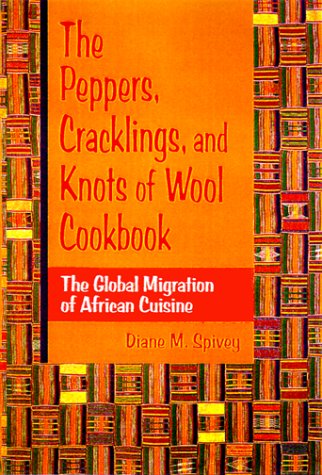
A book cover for The Peppers, Cracklings, and Knots of Wool Cookbook: The Global Migration of African Cuisine; Diane M. Spivey; Cookbooks, Food & Wine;